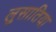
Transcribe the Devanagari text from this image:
लुसातिया